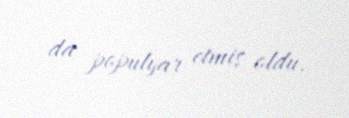
da populyar etmiş oldu.